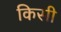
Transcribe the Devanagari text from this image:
किसी